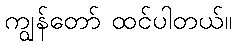
ကျွန်တော် ထင်ပါတယ်။